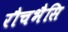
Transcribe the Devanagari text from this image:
रौचभैसि